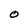
Character: O